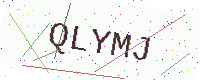
Text: QLYMJ